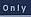
only